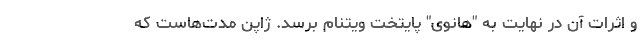
و اثرات آن در نهایت به "هانوی" پایتخت ویتنام برسد. ژاپن مدت‌هاست که